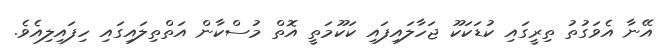
އޭނާ އެވަގުތު ތިރީގައި ކުޑަކަކޫ ޖަހާލައިފައި ކަކޫމަތީ އޮތް މުސްކާން އަތްތިލައިގައި ހިފައިލިއެވެ.